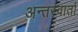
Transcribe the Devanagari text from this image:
अन्तरवार्ता